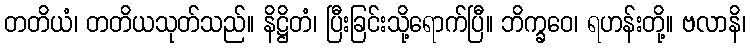
တတိယံ၊ တတိယသုတ်သည်။ နိဋ္ဌိတံ၊ ပြီးခြင်းသို့ရောက်ပြီ။ ဘိက္ခဝေ၊ ရဟန်းတို့။ ဗလာနိ၊